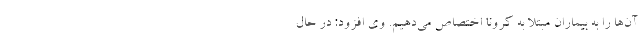
آن‌ها را به بیماران مبتلا به کرونا اختصاص می‌دهیم. وی افزود: در حال